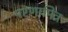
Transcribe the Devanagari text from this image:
परणामित्र